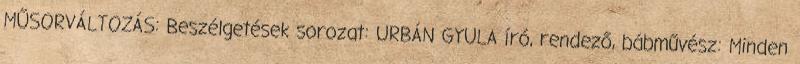
MŰSORVÁLTOZÁS: Beszélgetések sorozat: URBÁN GYULA író, rendező, bábművész: Minden